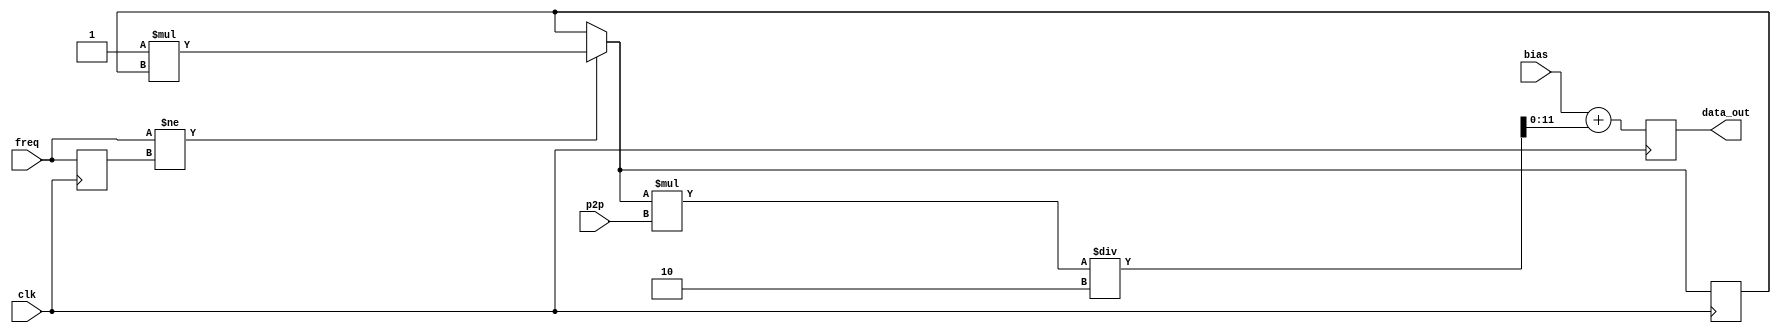
module squarevav(freq,bias,p2p,clk,data_out);
    input clk;
	 input [10:0] p2p;
	 input [10:0] bias;
	 input freq;
    output reg [11:0] data_out;
	 reg prevfreq; 
	  integer inc;
	 initial
		begin
			inc = 1;
		end
	 always @(posedge clk)
		begin
			if(freq != prevfreq)
				begin
					inc = (-1)*inc;
				end
			data_out <=  bias + inc*p2p/2 ;
			prevfreq = freq ;
		end
	endmodule